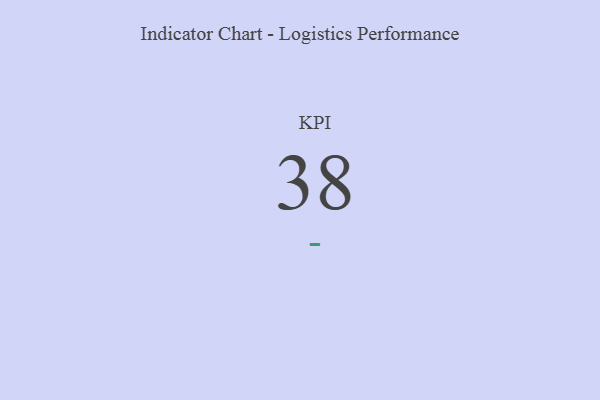
{"axis": {"x": "KPI", "y": "Value"}, "legend": [""], "data": [{"x": "KPI", "y": 38, "type": ""}]}